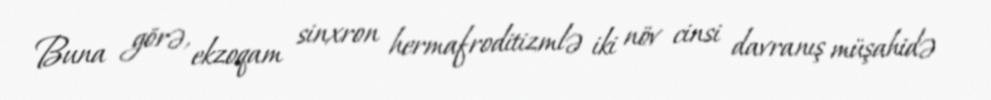
Buna görə, ekzoqam sinxron hermafroditizmlə iki növ cinsi davranış müşahidə